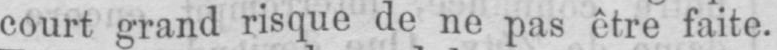
court grand risque de ne pas être faite.